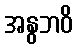
အနွဘဝိ